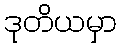
ဒုတိယမှာ